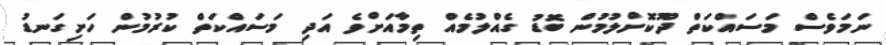
ނަމަވެސް މަސައްކަތް ދޫކޮށްލުމުން ބޮޑު ގެއްލުމެއް ތިމާއަށްވެ އަދި މަސައްކަތް ކުރުމުން ހަށިގަނޑު